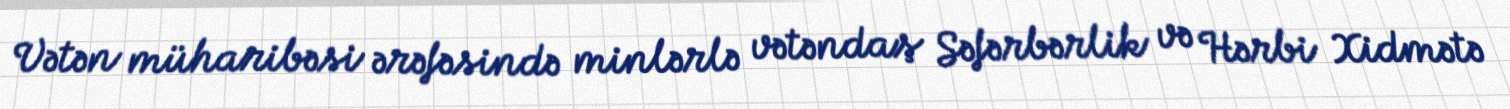
Vətən müharibəsi ərəfəsində minlərlə vətəndaş Səfərbərlik və Hərbi Xidmətə